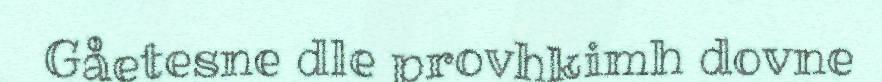
Gåetesne dle provhkimh dovne